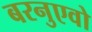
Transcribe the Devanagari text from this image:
बरनुएवो